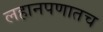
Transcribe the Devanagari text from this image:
लहानपणातच